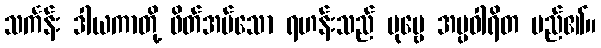
သင်္ကန်း ဒါယကာတို့ ဖိတ်အပ်သော ရဟန်းသည် ပုဗ္ဗေ အပ္ပဝါရိတ မည်၏။